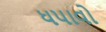
ધપાવો